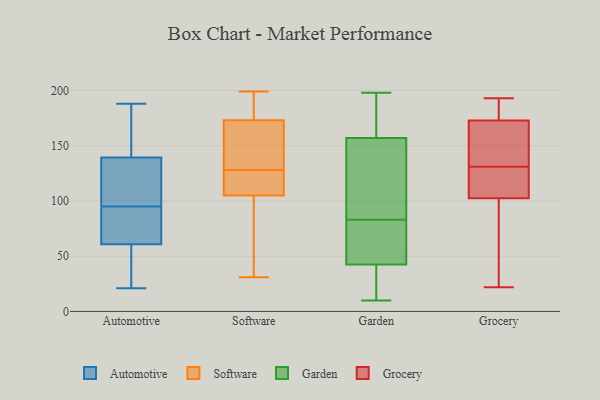
{"axis": {"x": "Page Views", "y": "Value"}, "legend": ["Automotive", "Garden", "Grocery", "Software"], "data": [{"x": "", "y": 98, "type": "Automotive"}, {"x": "", "y": 95, "type": "Automotive"}, {"x": "", "y": 106, "type": "Automotive"}, {"x": "", "y": 155, "type": "Automotive"}, {"x": "", "y": 54, "type": "Automotive"}, {"x": "", "y": 43, "type": "Automotive"}, {"x": "", "y": 131, "type": "Automotive"}, {"x": "", "y": 93, "type": "Automotive"}, {"x": "", "y": 66, "type": "Automotive"}, {"x": "", "y": 59, "type": "Automotive"}, {"x": "", "y": 160, "type": "Automotive"}, {"x": "", "y": 21, "type": "Automotive"}, {"x": "", "y": 128, "type": "Automotive"}, {"x": "", "y": 76, "type": "Automotive"}, {"x": "", "y": 169, "type": "Automotive"}, {"x": "", "y": 188, "type": "Automotive"}, {"x": "", "y": 142, "type": "Automotive"}, {"x": "", "y": 66, "type": "Automotive"}, {"x": "", "y": 38, "type": "Automotive"}, {"x": "", "y": 119, "type": "Software"}, {"x": "", "y": 31, "type": "Software"}, {"x": "", "y": 109, "type": "Software"}, {"x": "", "y": 94, "type": "Software"}, {"x": "", "y": 90, "type": "Software"}, {"x": "", "y": 138, "type": "Software"}, {"x": "", "y": 191, "type": "Software"}, {"x": "", "y": 111, "type": "Software"}, {"x": "", "y": 156, "type": "Software"}, {"x": "", "y": 180, "type": "Software"}, {"x": "", "y": 199, "type": "Software"}, {"x": "", "y": 173, "type": "Software"}, {"x": "", "y": 105, "type": "Software"}, {"x": "", "y": 137, "type": "Software"}, {"x": "", "y": 39, "type": "Garden"}, {"x": "", "y": 114, "type": "Garden"}, {"x": "", "y": 193, "type": "Garden"}, {"x": "", "y": 198, "type": "Garden"}, {"x": "", "y": 46, "type": "Garden"}, {"x": "", "y": 168, "type": "Garden"}, {"x": "", "y": 51, "type": "Garden"}, {"x": "", "y": 189, "type": "Garden"}, {"x": "", "y": 12, "type": "Garden"}, {"x": "", "y": 63, "type": "Garden"}, {"x": "", "y": 146, "type": "Garden"}, {"x": "", "y": 81, "type": "Garden"}, {"x": "", "y": 10, "type": "Garden"}, {"x": "", "y": 85, "type": "Garden"}, {"x": "", "y": 92, "type": "Garden"}, {"x": "", "y": 36, "type": "Garden"}, {"x": "", "y": 107, "type": "Grocery"}, {"x": "", "y": 131, "type": "Grocery"}, {"x": "", "y": 37, "type": "Grocery"}, {"x": "", "y": 193, "type": "Grocery"}, {"x": "", "y": 22, "type": "Grocery"}, {"x": "", "y": 101, "type": "Grocery"}, {"x": "", "y": 179, "type": "Grocery"}, {"x": "", "y": 187, "type": "Grocery"}, {"x": "", "y": 148, "type": "Grocery"}, {"x": "", "y": 154, "type": "Grocery"}, {"x": "", "y": 123, "type": "Grocery"}, {"x": "", "y": 44, "type": "Grocery"}, {"x": "", "y": 140, "type": "Grocery"}, {"x": "", "y": 126, "type": "Grocery"}, {"x": "", "y": 185, "type": "Grocery"}]}